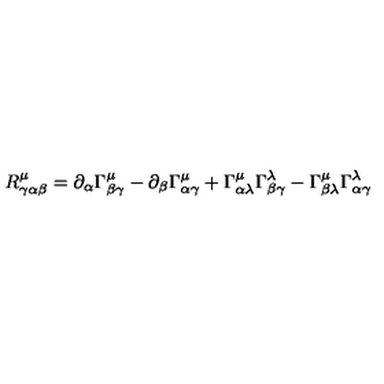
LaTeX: R _ { \gamma \alpha \beta } ^ { \mu } = \partial _ { \alpha } \Gamma _ { \beta \gamma } ^ { \mu } - \partial _ { \beta } \Gamma _ { \alpha \gamma } ^ { \mu } + \Gamma _ { \alpha \lambda } ^ { \mu } \Gamma _ { \beta \gamma } ^ { \lambda } - \Gamma _ { \beta \lambda } ^ { \mu } \Gamma _ { \alpha \gamma } ^ { \lambda }